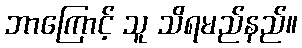
ဘာကြောင့် သူ သိရမည်နည်။